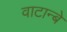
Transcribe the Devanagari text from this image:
वाटान्बे